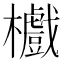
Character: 𣟵